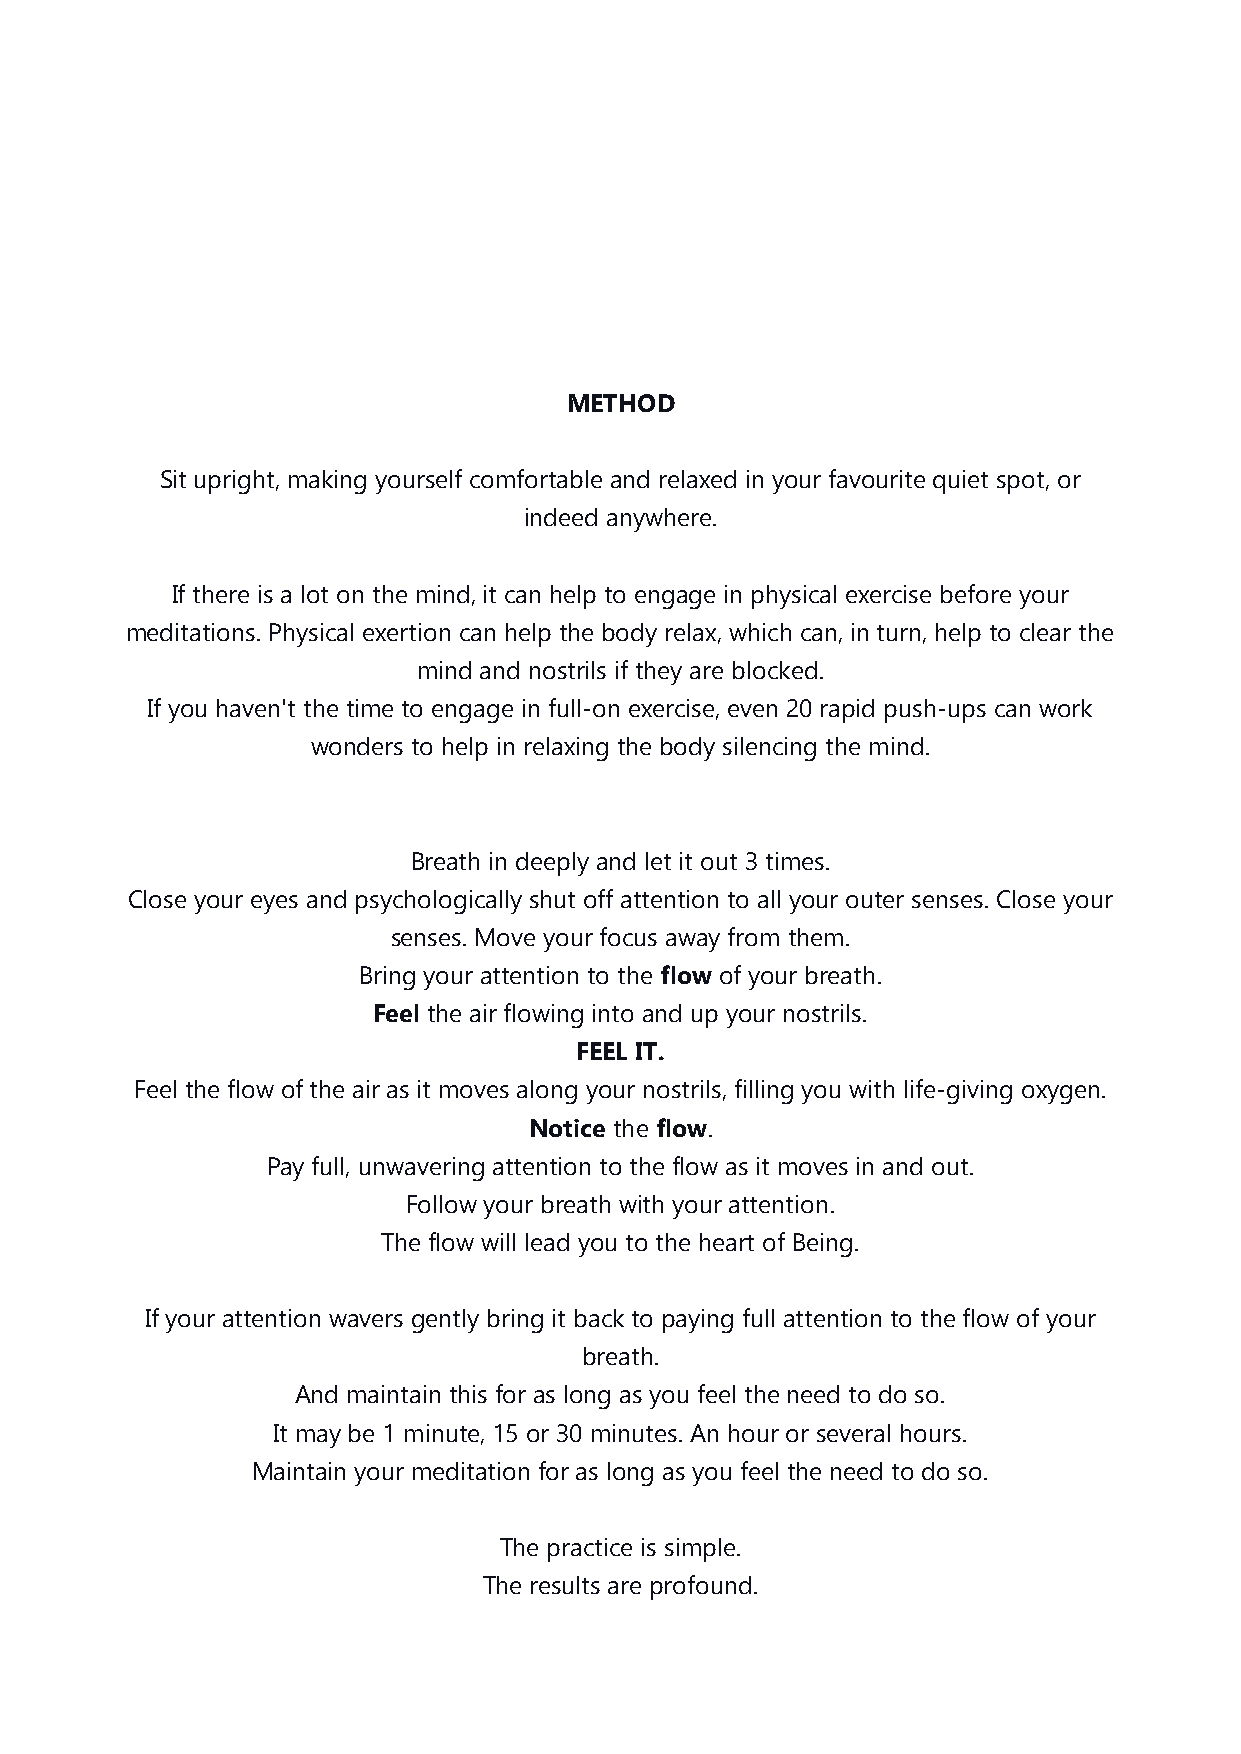
METHOD
 Sit upright, making yourself comfortable and relaxed in your favourite quiet spot, or
 indeed anywhere.
 If there is a lot on the mind, it can help to engage in physical exercise before your
 meditations. Physical exertion can help the body relax, which can, in turn, help to clear the
 mind and nostrils if they are blocked.
 If you haven't the time to engage in full-on exercise, even 20 rapid push-ups can work
 wonders to help in relaxing the body silencing the mind.
 Breath in deeply and let it out 3 times.
 Close your eyes and psychologically shut off attention to all your outer senses. Close your
 senses. Move your focus away from them.
 Bring your attention to the flow of your breath.
 Feel the air flowing into and up your nostrils.
 FEEL IT.
 Feel the flow of the air as it moves along your nostrils, filling you with life-giving oxygen.
 Notice the flow.
 Pay full, unwavering attention to the flow as it moves in and out.
 Follow your breath with your attention.
 The flow will lead you to the heart of Being.
 If your attention wavers gently bring it back to paying full attention to the flow of your
 breath.
 And maintain this for as long as you feel the need to do so.
 It may be 1 minute, 15 or 30 minutes. An hour or several hours.
 Maintain your meditation for as long as you feel the need to do so.
 The practice is simple.
 The results are profound.